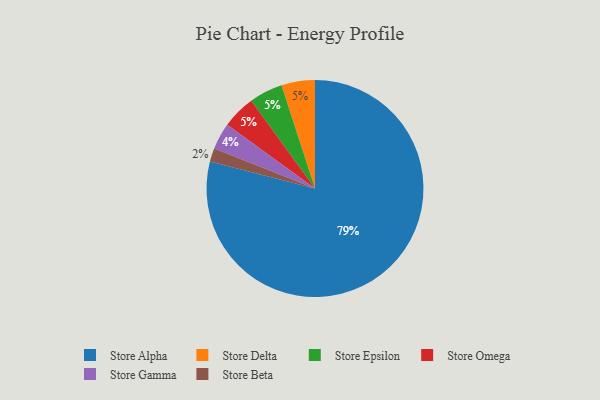
{"axis": {"x": "Category", "y": "Percentage"}, "legend": ["Store Alpha", "Store Beta", "Store Delta", "Store Epsilon", "Store Gamma", "Store Omega"], "data": [{"x": "Store Beta", "y": 2, "type": "Store Beta"}, {"x": "Store Alpha", "y": 79, "type": "Store Alpha"}, {"x": "Store Delta", "y": 5, "type": "Store Delta"}, {"x": "Store Epsilon", "y": 5, "type": "Store Epsilon"}, {"x": "Store Omega", "y": 5, "type": "Store Omega"}, {"x": "Store Gamma", "y": 4, "type": "Store Gamma"}]}